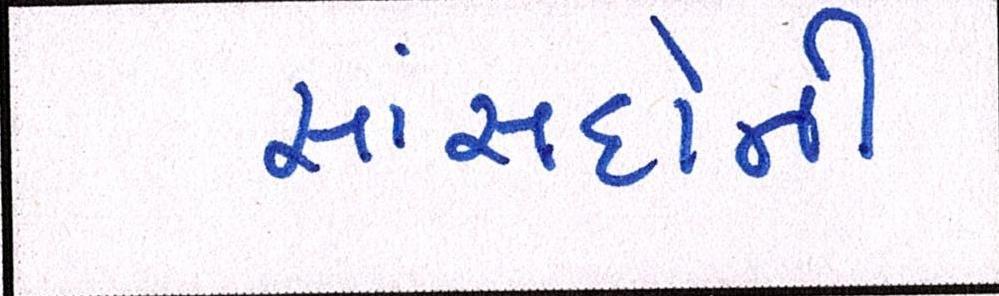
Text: સાંસદોની